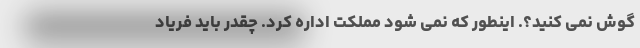
گوش نمی کنید؟. اینطور که نمی شود مملکت اداره کرد. چقدر باید فریاد